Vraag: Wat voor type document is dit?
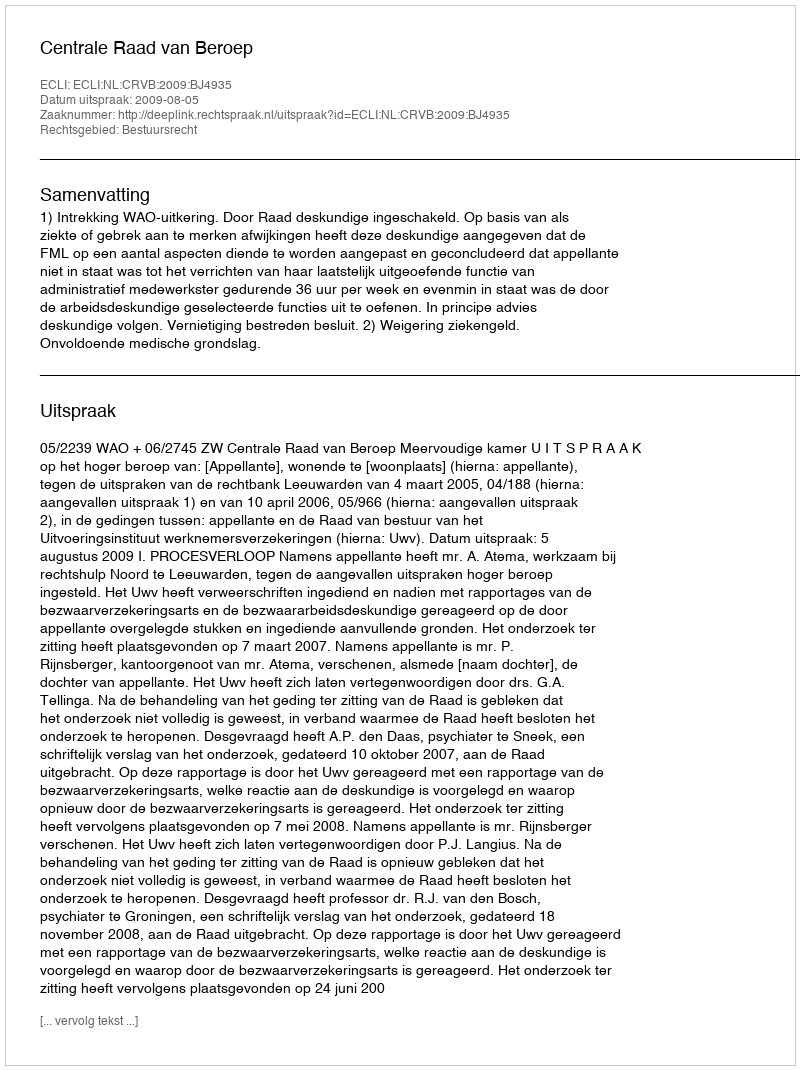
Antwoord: Uitspraak